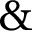
\&